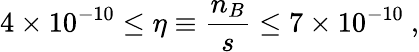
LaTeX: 4\times 10^{-10}\leq\eta\equiv\frac{n_{B}}{s}\leq 7\times 10^{-10}\ ,